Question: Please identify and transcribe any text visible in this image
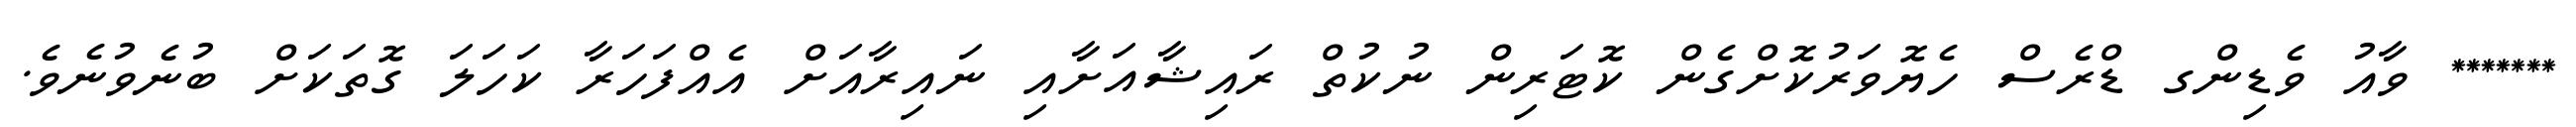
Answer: ******* ވާއު ވެޑިންގ ޑްރެސް ހެޔޮވަރުކޮށްގެން ކޮޓަރިން ނުކުތް ރައިޝާއަށާއި ނައިރާއަށް އެއްފަހަރާ ކަހަލަ ގޮތަކަށް ބުނެވުނެވެ.